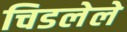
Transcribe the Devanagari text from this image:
चिडलेले